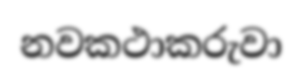
නවකථාකරුවා